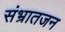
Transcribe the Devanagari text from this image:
संभ्रातजन